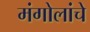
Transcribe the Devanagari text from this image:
मंगोलांचे